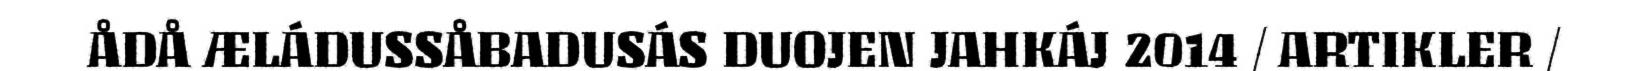
ÅDÅ ÆLÁDUSSÅBADUSÁS DUOJEN JAHKÁJ 2014 / ARTIKLER /